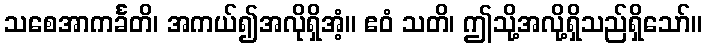
သစေအာကင်္ခတိ၊ အကယ်၍အလိုရှိအံ့။ ဧဝံ သတိ၊ ဤသို့အလို့ရှိသည်ရှိသော်။